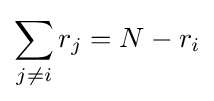
\sum _{j\neq i}r_{j}=N-r_{i}